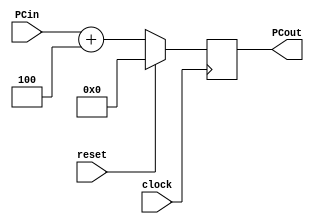
module PC(clock, reset, PCin, PCout);

	input clock, reset;
	input [31:0] PCin;
	
	output reg [31:0] PCout;
	
	always @(posedge clock) begin
		if (reset == 1) 
			PCout <= 0;
		else 
			PCout <= PCin + 4; 
	end
endmodule